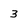
Character: 3